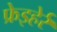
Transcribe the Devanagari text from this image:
फ्रेइहेर्र